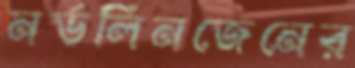
নর্ডলিনজেনের